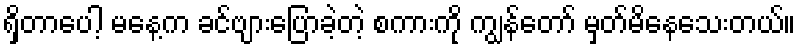
ရှိတာပေါ့ မနေ့က ခင်ဗျားပြောခဲ့တဲ့ စကားကို ကျွန်တော် မှတ်မိနေသေးတယ်။